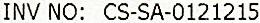
INV NO: CS-SA-0121215